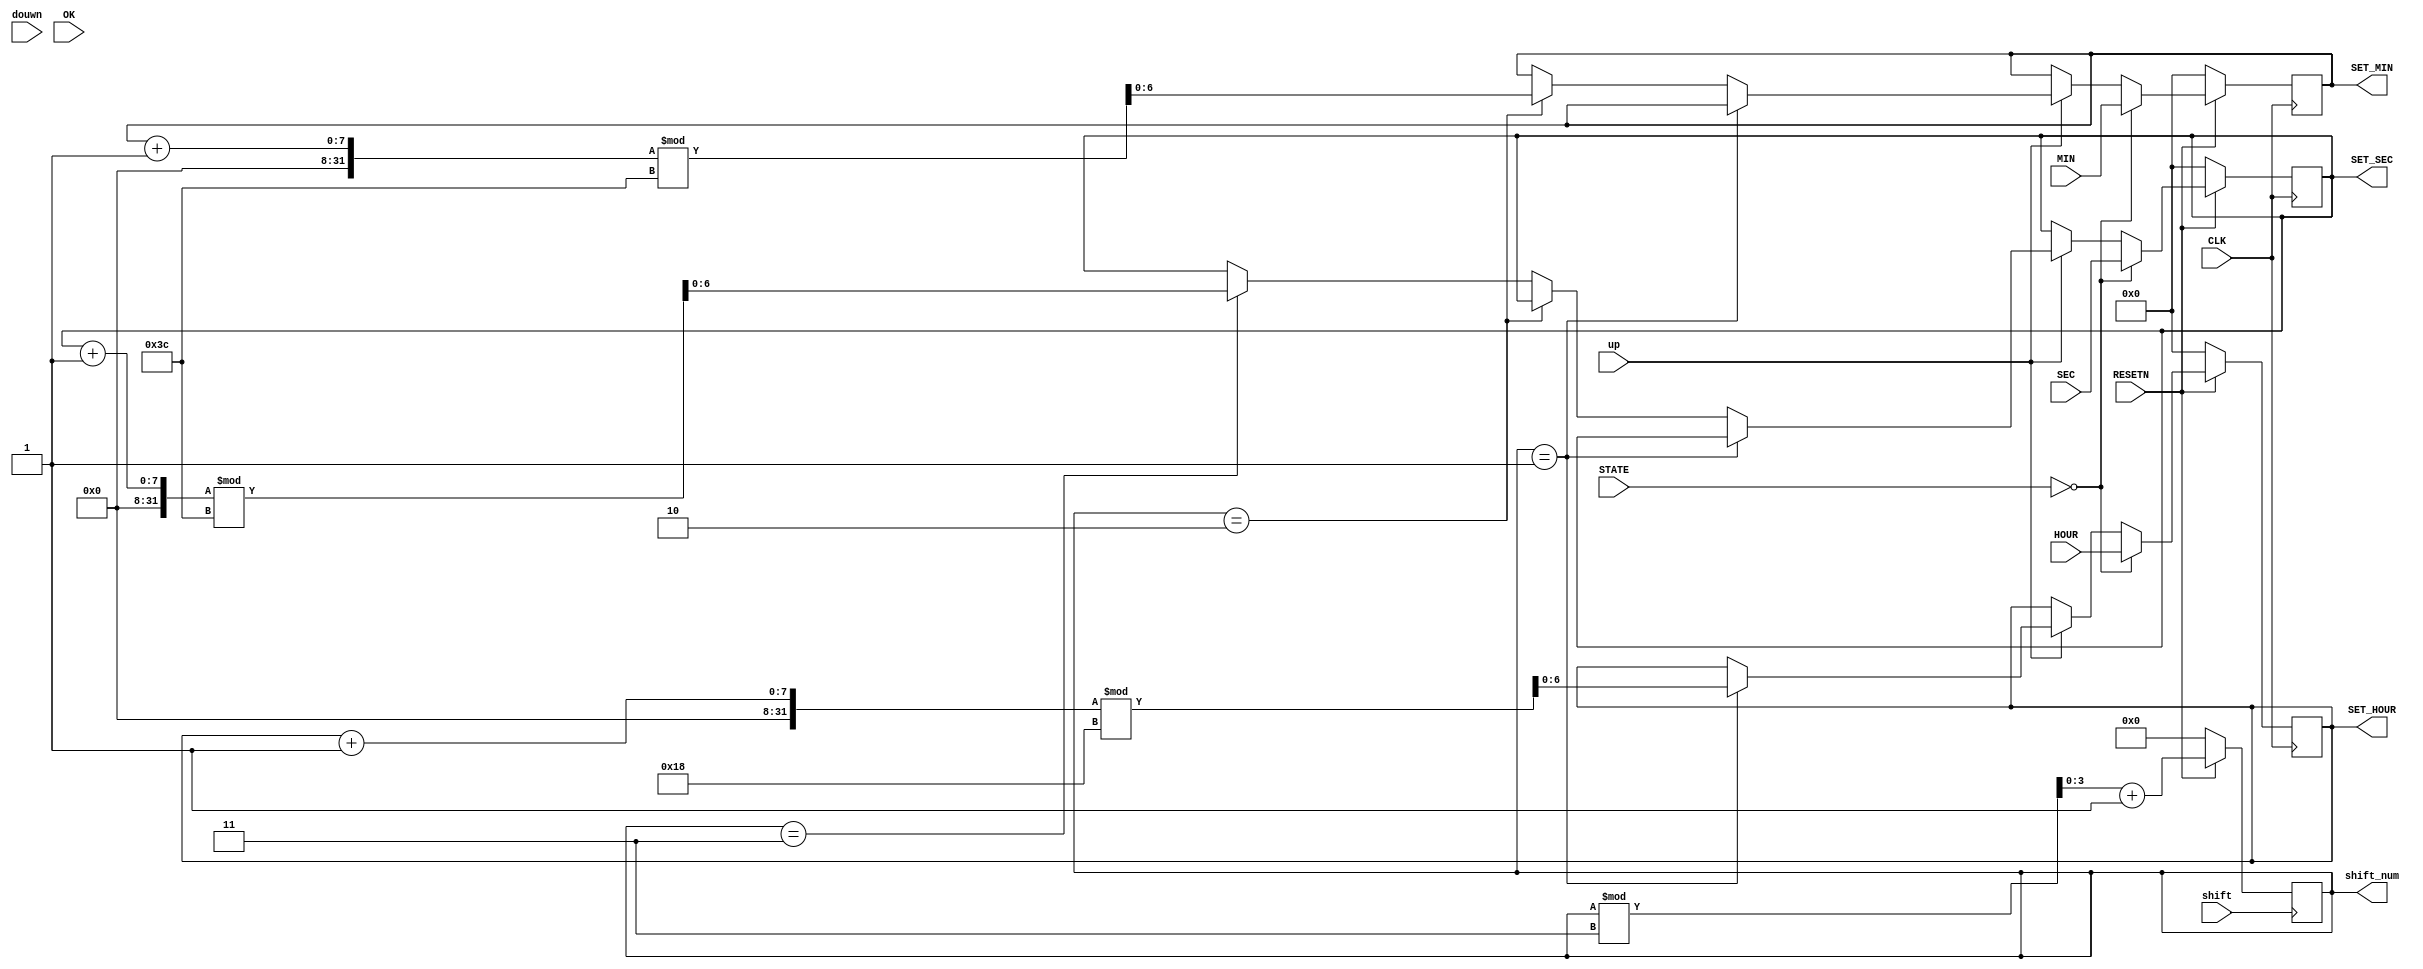
module SET_TIME(RESETN, CLK, up, douwn, shift, OK, STATE,
					HOUR, MIN, SEC,					//input	
					SET_HOUR, SET_MIN, SET_SEC,	//output
					shift_num);

					
input [2:0]STATE;
input RESETN, CLK, up, douwn, shift, OK;
input [6:0]HOUR, MIN, SEC; //non's time
//input [3:0]ok_data;

//input [3:0]ampm_data;
output [6:0]SET_HOUR, SET_MIN, SET_SEC;
reg [6:0]SET_HOUR, SET_MIN, SET_SEC;

output [3:0]shift_num;
reg [3:0]shift_num = 0;

//wire [3:0]ok_data;

//output [3:0]AMPM_DATA;

reg [6:0]arm_hour, arm_min, arm_sec;


always@(posedge CLK) 	//when mode has changed
begin
	if(~RESETN)begin
		SET_HOUR=0;
		SET_MIN=0;
		SET_SEC=0;
		end
	else if(STATE ==0)
		begin
			SET_HOUR =HOUR;
			SET_MIN = MIN;
			SET_SEC = SEC;
		end
	else if(up)
		if(shift_num == 1)
			SET_HOUR = (SET_HOUR + 1)%24;
		else if(shift_num == 2)
			SET_MIN = (SET_MIN+1)%60;
		else if(shift_num == 3)
			SET_SEC = (SET_SEC+1)%60;
end
//


always@(posedge shift)
begin
	if(~RESETN)
				shift_num = 0;
	else
		begin
			shift_num=(shift_num)%3+1;
		end
end

endmodule
/*//
always@(posedge CLK)
begin

	if(STATE == 2 && ok_data == 1)
		begin
		work_hour = HOUR;
		work_min = MIN;
		work_sec = SEC;
		
		end
	else 
	
	if(STATE == 1 && up > 0)
		begin
			if(shift_num == 1)
				arm_hour = arm_hour +1;
				
			else if(shift_num == 2)	
				arm_min = arm_min +1;
				
			else if(shift_num == 3)
				arm_sec = arm_sec +1;
		end
end*/
//